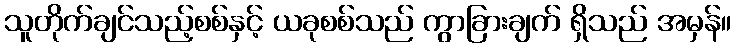
သူတိုက်ချင်သည့်စစ်နှင့် ယခုစစ်သည် ကွာခြားချက် ရှိသည် အမှန်။